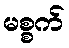
မစ္စက်